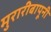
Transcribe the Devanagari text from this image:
मुरारीबापूनी